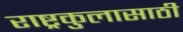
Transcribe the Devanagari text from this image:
राष्ट्रकुलासाठी